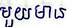
មួយមាន